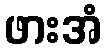
ဖားအံ